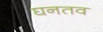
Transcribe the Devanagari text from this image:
घनतव